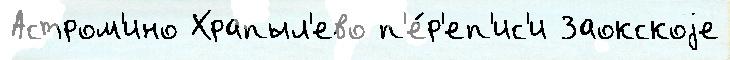
Астром'ино Храпыл'ево п'е́р'еп'ис'и Заокскоjе